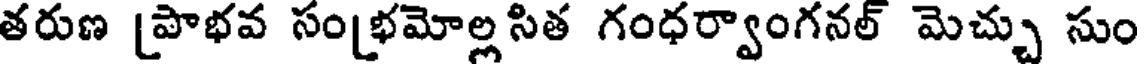
తరుణ [పాభవ సం[భమోల్ల సిత గంధర్వాంగనల్ మెచ్చు సుం